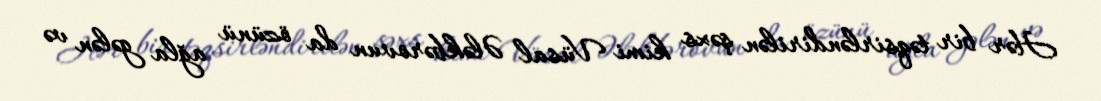
Hər bir təqsirləndirilən şəxs kimi Vüsal Ələkbərovun da özünü ağla gələn və